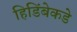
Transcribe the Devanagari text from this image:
हिडिंबेकडे